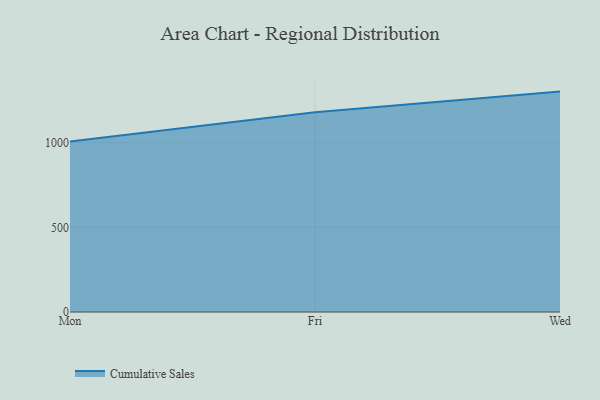
{"axis": {"x": "Day", "y": "Revenue (USD Million)"}, "legend": ["Cumulative Sales"], "data": [{"x": "Mon", "y": 1006.8, "type": "Cumulative Sales"}, {"x": "Fri", "y": 1180.3, "type": "Cumulative Sales"}, {"x": "Wed", "y": 1302.3, "type": "Cumulative Sales"}]}